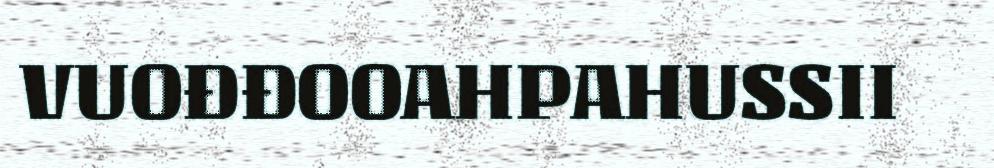
VUOĐĐOOAHPAHUSSII